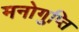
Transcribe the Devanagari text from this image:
मनोगुप्ति